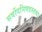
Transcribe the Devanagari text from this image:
सर्वोपनिषदस्तथा